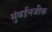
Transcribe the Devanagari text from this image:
मुंबईनजीक